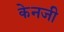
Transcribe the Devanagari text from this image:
केनजी